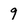
Character: 9